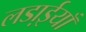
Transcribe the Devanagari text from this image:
लडा़ईयाँ